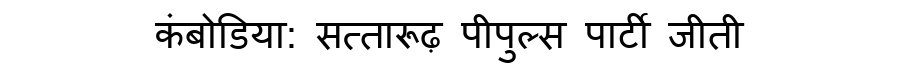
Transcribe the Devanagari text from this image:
कंबोडिया: सत्तारूढ़ पीपुल्स पार्टी जीती